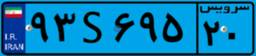
۸۲S۶۶۱۳۷